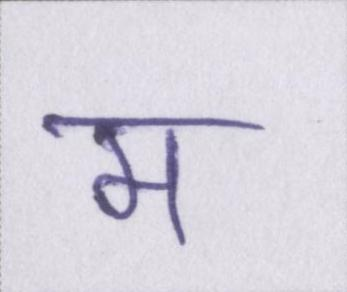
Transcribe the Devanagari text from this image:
म